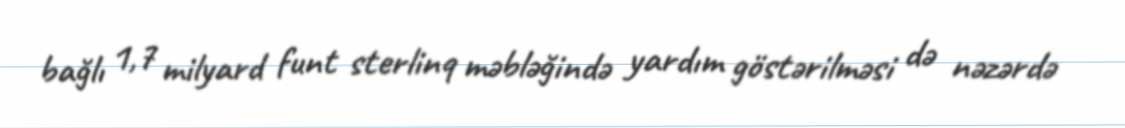
bağlı 1,7 milyard funt sterlinq məbləğində yardım göstərilməsi də nəzərdə